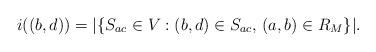
LaTeX: \begin{align*}i((b,d)) = |\{ S_{ac} \in V : (b,d) \in S_{ac}, \, (a,b) \in R_M \}|.\end{align*}